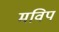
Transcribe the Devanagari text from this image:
मविप